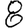
Digit: 8